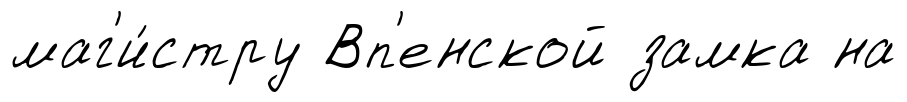
маг'и́стру Вп'енской замка на